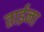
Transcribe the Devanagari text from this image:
ताईना